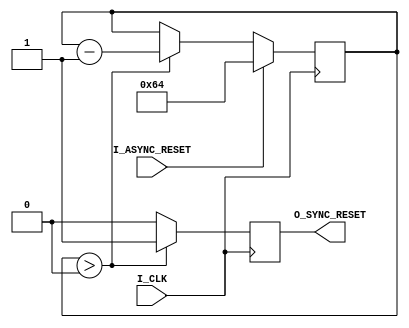
module reset_controller(
			I_CLK,
			I_ASYNC_RESET,

			/*will be held high for 5 cycles*/
			O_SYNC_RESET
            );


   input      I_CLK, I_ASYNC_RESET;
   output reg O_SYNC_RESET;

   reg [7:0] count = 0;

   always @(posedge I_CLK) begin

        O_SYNC_RESET <= 0;
        if (count > 0) begin
            count <= count - 1;
            O_SYNC_RESET <= 1;
        end
        
        if (I_ASYNC_RESET)
            count <= 100;
   end

endmodule // reset_controller